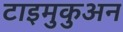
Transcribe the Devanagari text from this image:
टाइमुकुअन